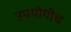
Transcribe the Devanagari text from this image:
उपयोगीच